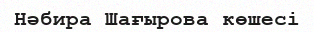
Нәбира Шағырова көшесі